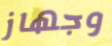
وجهاز